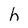
Character: h